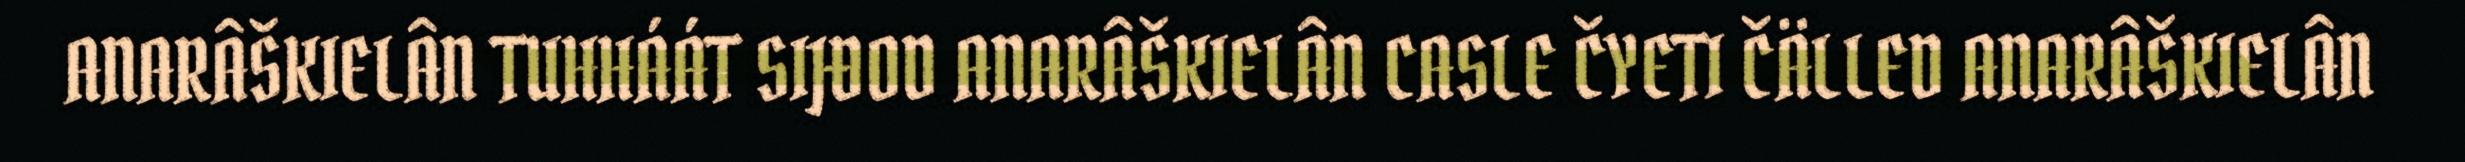
ANARÂŠKIELÂN TUHHÁÁT SIJĐOD ANARÂŠKIELÂN CASLE ČYETI ČÄLLED ANARÂŠKIELÂN